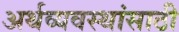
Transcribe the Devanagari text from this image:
अर्थव्यवस्थांसाठी